Annual report of the Madras Medical College
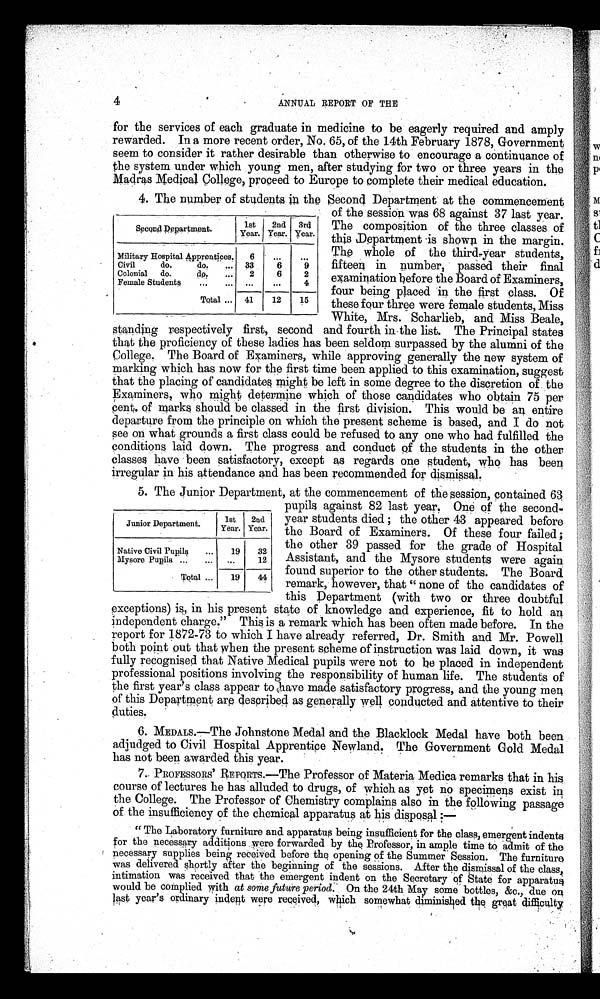
4
ANNUAL REPORT OF THE
for the services of each graduate in medicine to be eagerly required and amply
rewarded. In a more recent order, No. 65, of the 14th February 1878, Government
seem to consider it rather desirable than otherwise to encourage a continuance of
the system under which young men, after studying for two or three years in the
Madras Medical college, proceed to Europe to complete their medical education.
4. The number of students in the Second Department at the commencement
of the session was 68 against 37 last year.
The composition of the three classes of
this Department is shown in the margin.
The whole of the third-year students,
fifteen in number, passed their final
examination before the Board of Examiners,
four being placed in the first class. Of
these four three were female students, Miss
White, Mrs. Scharlieb, and Miss Beale,
standing respectively first, second and fourth in the list. The Principal states
that the proficiency of these ladies has been seldom surpassed by the alumni of the
College. The Board of Examiners, while approving generally the new system of
marking which has now for the first time been applied to this examination, suggest
that the placing of candidates might be left in some degree to the discretion of the
Examiners, who might determine which of those candidates who obtain 75 per
Cent. of marks should be classed in the first division. This would be an entire
departure from the principle on which the present scheme is based, and I do not
see on what grounds a first class could be refused to any one who had fulfilled the
conditions laid down. The progress and conduct of the students in the other
classes have been satisfactory, except as regards one student, who has been
irregular in his attendance and has been recommended for dismissal.
5. The Junior Department, at the commencement of the session, contained 63
pupils against 82 last year, One of the second-
year students died ; the other 43 appeared before
the Board of Examiners. Of these four failed ;
the other 39 passed for the grade of Hospital
Assistant, and the Mysore students were again
found superior to the other students. The Board
remark, however, that "none of the candidates of
this Department (with two or three doubtful
exceptions) is, in his present state of knowledge and experience, fit to hold an
independent charge." This is a remark which has been often made before. In the
report for 1872-73 to which I have already referred, Dr. Smith and Mr. Powell
both point out that when the present scheme of instruction was laid down, it was
fully recognised that Native Medical pupils were not to be placed in independent
professional positions involving the responsibility of human life. The students of
the first year's class appear to have made satisfactory progress, and the young men
of this Department are described as generally well conducted and attentive to their
duties.
6. MEDALS.—The Johnstone Medal and the Blacklock Medal have both been
adjudged to Civil Hospital Apprentice Newland. The Government Gold Medal
has not been awarded this year.
7. PROFESSORS' REPORTS. —The Professor of Materia Medica remarks that in his
course of lectures he has alluded to drugs, of which as yet no specimens exist in
the College. The Professor of Chemistry complains also in the following passage
of the insufficiency of the chemical apparatus at his disposal:–
"The Laboratory furniture and apparatus being insufficient for the class, emergent indents
for the necessary additions were forwarded by the Professor, in ample time to admit of the
necessary supplies being received before the opening of the Summer Session. The furniture
was delivered shortly after the beginning of the sessions. After the dismissal of the class,
intimation was received that the emergent indent on the Secretary of State for apparatus
would be complied with at some future period. On the 24th May some bottles, &c., due on
last year's ordinary indent were received, which somewhat diminished the great difficulty
Second Department.
1st
Ye a r .
2nd
Year.
3rd
Year.
Military Hospital Apprentices.
6
. . .
...
Civil
do.
do.
. . . 33
6
9
Colonial do.
do. . . . 2
6
2
Female Students
...
... ...
...
4
Total ... 41
12
15
Junior Department.
1st
Year.
2nd
Year.
Native Civil Pupils
...
19
32
Mysore Pupils ...
...
. . .
12
Total ...
19
44